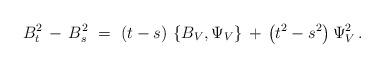
LaTeX: \begin{align*}B_t^2\,-\,B_s^2\ =\ (t-s)\,\left\{B_V,\Psi_V\right\}\,+\,\left(t^2-s^2\right)\Psi_V^2\,.\end{align*}